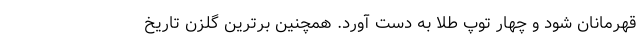
قهرمانان شود و چهار توپ طلا به دست آورد. همچنین برترین گلزن تاریخ